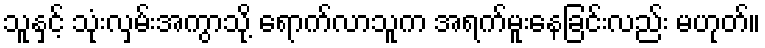
သူနှင့် သုံးလှမ်းအကွာသို့ ရောက်လာသူက အရက်မူးနေခြင်းလည်း မဟုတ်။